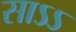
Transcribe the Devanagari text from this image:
साऽऽ